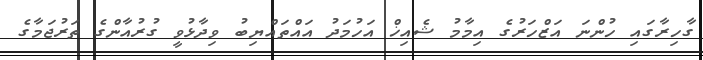
ގާހިރާގައި ހުންނަ އަޒްހަރުގެ އިމާމު ޝެއިޚް އަހުމަދު އައްތައްޔިބު ވިދާޅުވީ ގުރުއާންގެ ތަރުޖަމާގެ